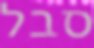
סבל